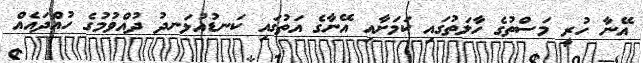
އޭނާ ހުރީ މަސްތުގެ ހާލަތުގައި ކަމަށާއި އޭނާގެ އަތުގައި ކަނޑުއުޅަނދު ދުއްވުމުގެ ހުއްދައެއް